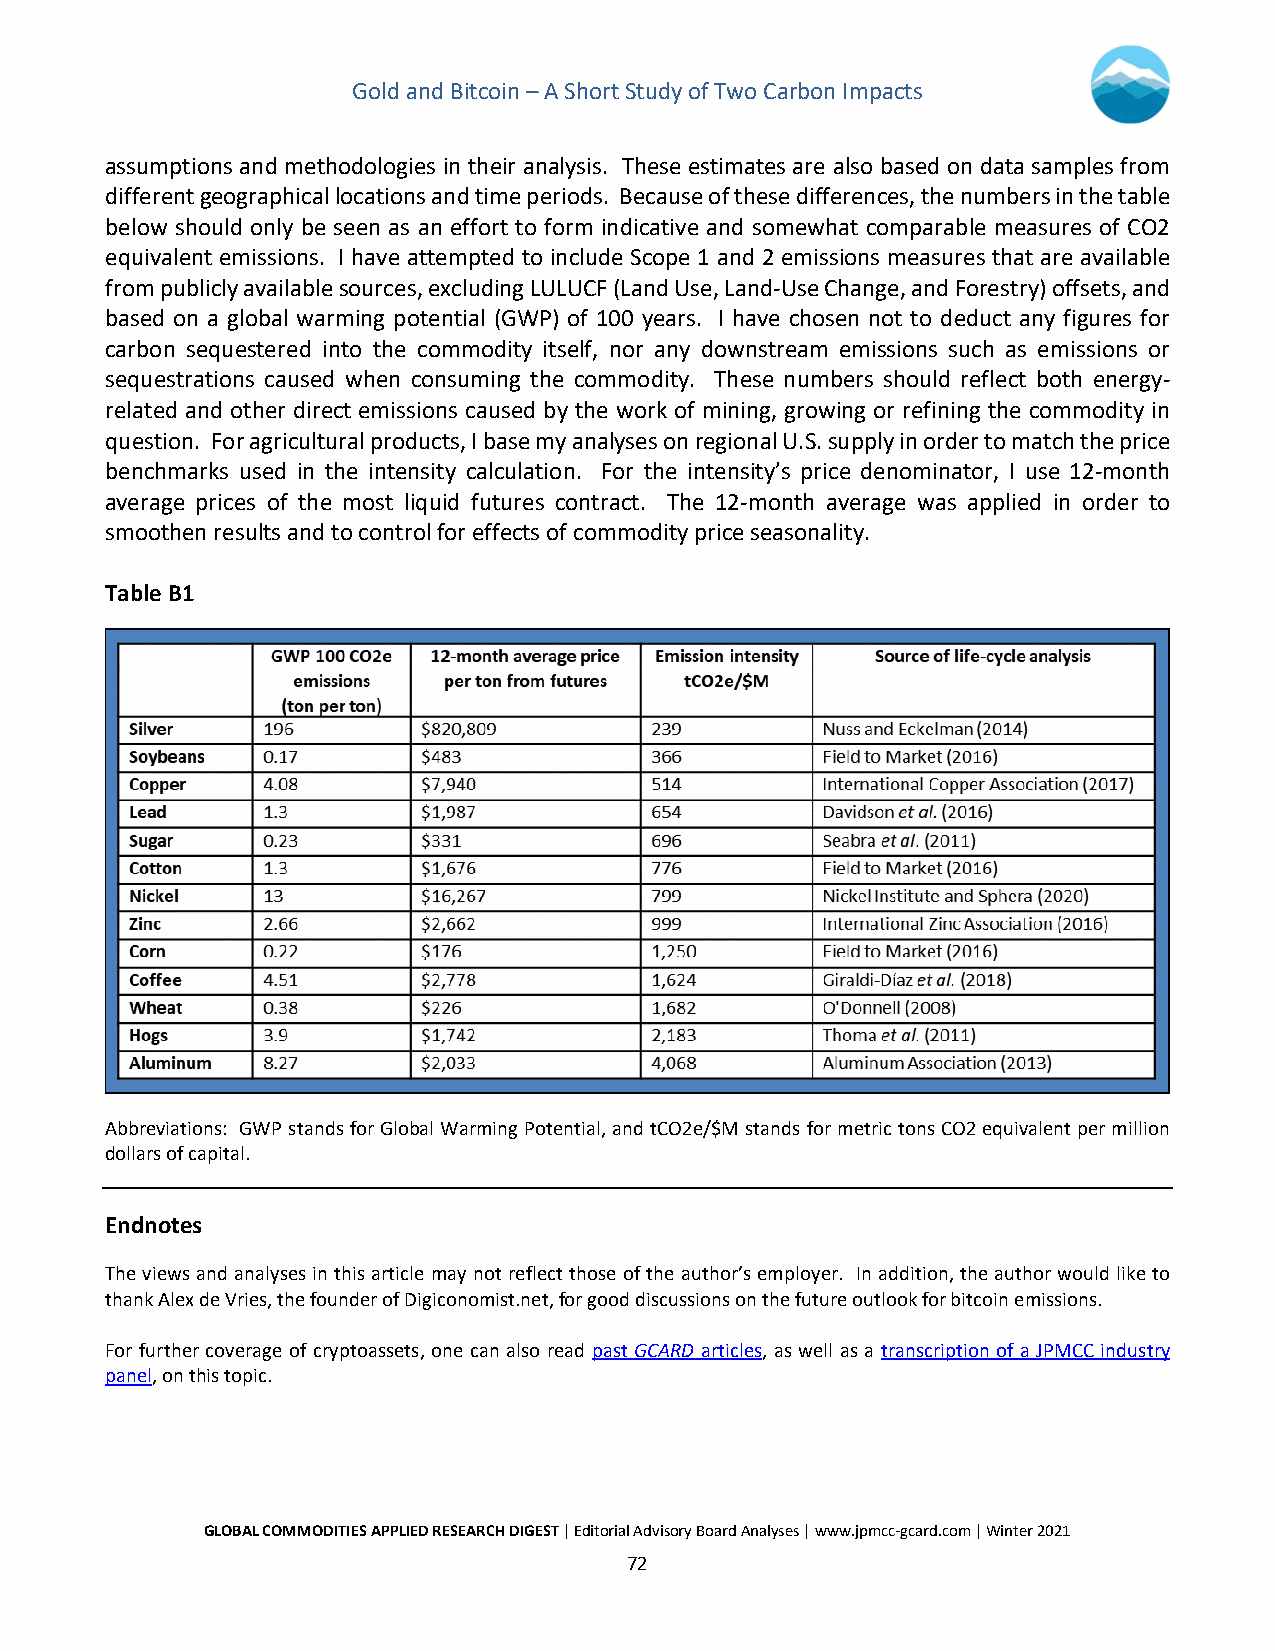
Gold and Bitcoin – A Short Study of Two Carbon Impacts
 assumptions and methodologies in their analysis. These estimates are also based on data samples from
 different geographical locations and time periods. Because of these differences, the numbers in the table
 below should only be seen as an effort to form indicative and somewhat comparable measures of CO2
 equivalent emissions. I have attempted to include Scope 1 and 2 emissions measures that are available
 from publicly available sources, excluding LULUCF (Land Use, Land-Use Change, and Forestry) offsets, and
 based on a global warming potential (GWP) of 100 years. I have chosen not to deduct any figures for
 carbon sequestered into the commodity itself, nor any downstream emissions such as emissions or
 sequestrations caused when consuming the commodity. These numbers should reflect both energy-
 related and other direct emissions caused by the work of mining, growing or refining the commodity in
 question. For agricultural products, I base my analyses on regional U.S. supply in order to match the price
 benchmarks used in the intensity calculation. For the intensity’s price denominator, I use 12-month
 average prices of the most liquid futures contract. The 12-month average was applied in order to
 smoothen results and to control for effects of commodity price seasonality.
 Table B1
 Abbreviations: GWP stands for Global Warming Potential, and tCO2e/$M stands for metric tons CO2 equivalent per million
 dollars of capital.
 Endnotes
 The views and analyses in this article may not reflect those of the author’s employer. In addition, the author would like to
 thank Alex de Vries, the founder of Digiconomist.net, for good discussions on the future outlook for bitcoin emissions.
 For further coverage of cryptoassets, one can also read past GCARD articles, as well as a transcription of a JPMCC industry
 panel, on this topic.
 GLOBAL COMMODITIES APPLIED RESEARCH DIGEST | Editorial Advisory Board Analyses | www.jpmcc-gcard.com | Winter 2021
 72